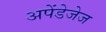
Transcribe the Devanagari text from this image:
अपेंडेजेज